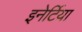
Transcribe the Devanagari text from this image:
इनेर्टिया